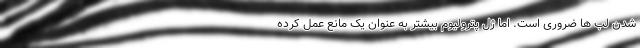
شدن لب ها ضروری است. اما ژل پترولیوم بیشتر به عنوان یک مانع عمل کرده